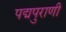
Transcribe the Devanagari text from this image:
पद्मपुराणी